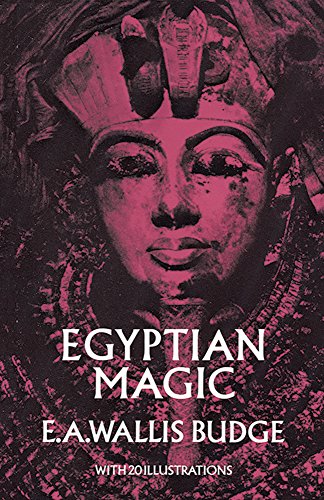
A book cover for Egyptian Magic; E. A. Wallis Budge; History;